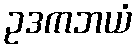
ဥဒကဘယံ